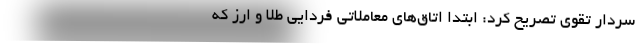
سردار تقوی تصریح کرد: ابتدا اتاق‌های معاملاتی فردایی طلا و ارز که